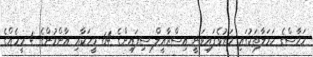
ހަމާސްގެ ހަމަލާތަކުގައި މަރުވެފައިވަނީ އިސްރާއީލް ސިފައިންގެ 64 މީހަކާއި އާންމުންގެ 4 މީހެއްގެ